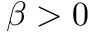
\beta > 0